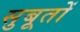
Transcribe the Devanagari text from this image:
सुबूतों